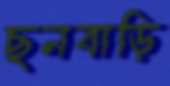
ছনবাড়ি